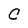
Character: C